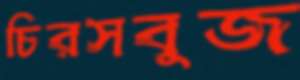
চিরসবুজ